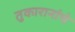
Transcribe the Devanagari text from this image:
तुकारानांचे